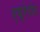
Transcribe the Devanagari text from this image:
एफ्रेमोव